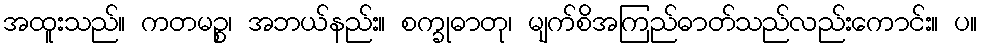
အထူးသည်။ ကတမဉ္စ၊ အဘယ်နည်း။ စက္ခုဓာတု၊ မျက်စိအကြည်ဓာတ်သည်လည်းကောင်း။ ပ။